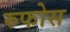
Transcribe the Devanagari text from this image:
रुफोस